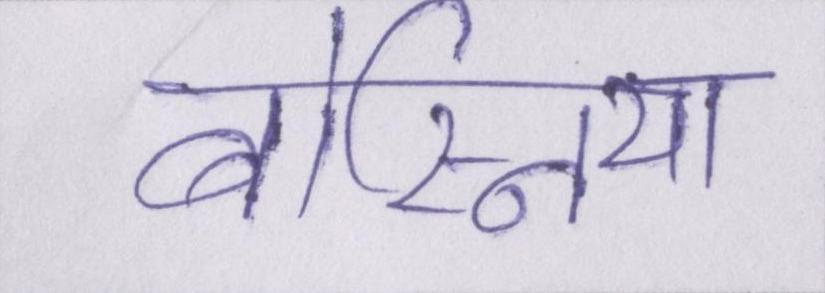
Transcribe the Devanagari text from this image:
बोस्निया